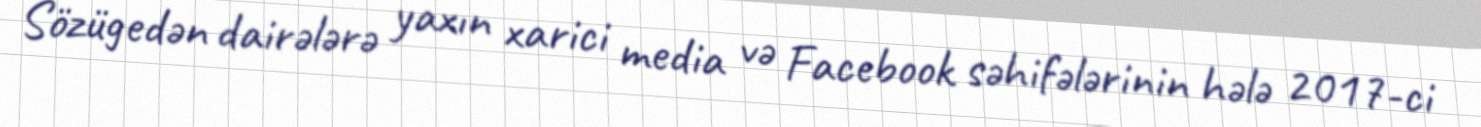
Sözügedən dairələrə yaxın xarici media və Facebook səhifələrinin hələ 2017-ci